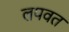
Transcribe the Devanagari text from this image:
लपवत